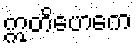
ဣတိဟေကေ